Leaving Certificate Examination, 1904
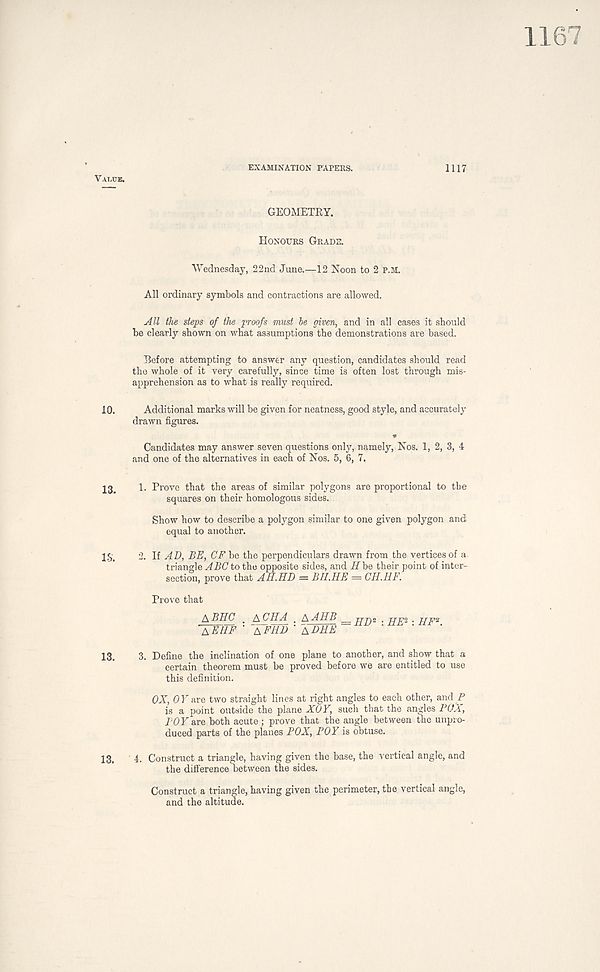
1167
EXAMINATION PAPERS.
1117
GEOMETRY.
Honours Grade.
Wednesday, 22nd June.—12 Noon to 2 P.M.
All ordinary symbols and contractions are allowed.
All the steps of the proofs must he given, and in all cases it should
be clearly shown on what assumptions the demonstrations are based.
Before attempting to answer any question, candidates should read
the whole of it very carefully, since time is often lost through mis-
apprehension as to what is really required.
10. Additional marks will be given for neatness, good style, and accurately
drawn figures.
Candidates may answer seven questions only, namely, Nos. 1, 2, 3, 4
and one of the alternatives in each of Nos. 5, 6, 7.
1. Prove that the areas of similar polygons are proportional to the
squares on their homologous sides.
Show how to describe a polygon similar to one given polygon and
equal to another.
If-, ' . 2. If AD, BE, OF be the perpendiculars drawn from the vertices of a
triangle ABC to the opposite sides, and Hbe> their point of inter-
section, prove that AH.HD = BH.HE - CH.HF.
Prove that
A BHC % A CHA _ A AHB ppp)i . p[E- • IIF^
AEHF ‘ AFHD ‘ adhe
13. 3. Define the inclination of one plane to another, and show that a
certain theorem must be proved before we are entitled to use
this definition.
OX, OY are two straight lines at right angles to each other, and P
is a point outside the plane XOY, such that the angles POX,
BOY are both acute; prove that the angle between the unpro-
duced parts of the planes POX, POY is obtuse.
13. 4. Construct a triangle, having given the base, the vertical angle, and
the difi’erence between the sides.
Construct a triangle, having given the perimeter, the vertical angle,
and the altitude.